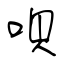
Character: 唄